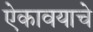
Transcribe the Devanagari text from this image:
ऐकावयाचे